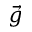
\vec { g }